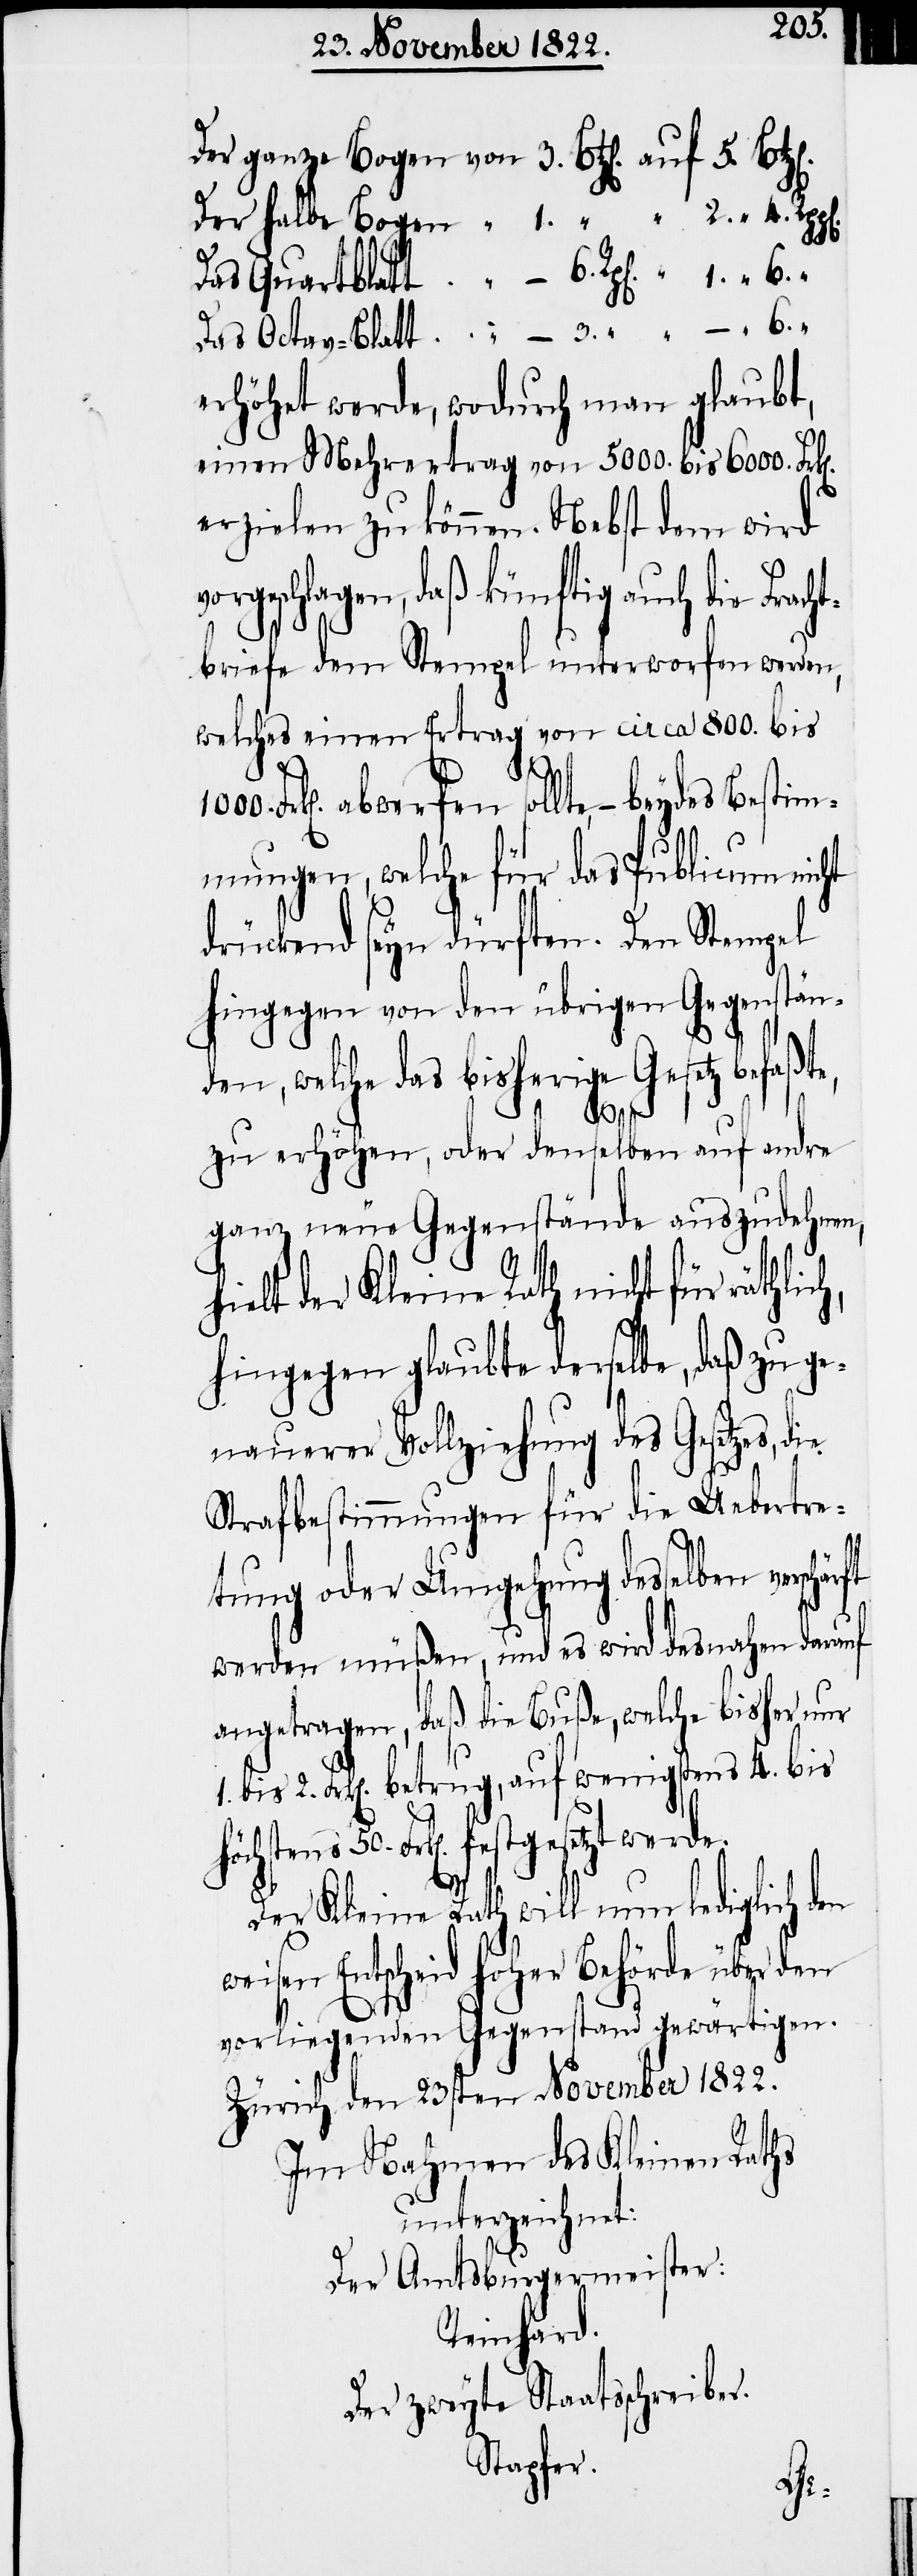
1000.
erhöhet werde, wodurch man glaubt,
50.
einen Mehrertrag von 5000. bis 6000. Frk[e¬
erzielen zu können. Nebst dem wird
rgeschlagen, daß künftig auch die Frac¬
briefe dem Stempel unterworfen werden,
welches einen Ertag von circa 800. bis
1.
Frk[en]. abwerfen sollte, – beydes Bestim¬
mungen, welche für das Publicum nicht
drückend seyn dürften. Den Stempel
hingegen von den übrigen Gegenstän¬
den, welche das bisherige Gesetz befaßte,
zu erhöhen, oder denselben auf andre
ganz neue Gegenstände auszudehnen,
hielt der Kleine Rath nicht für räthlic¬
hingegen glaubte derselbe, daß zu ge¬
nauerer Vollziehung des Gesetzes,
Strafbestimmungen für die Uebertre¬
tung oder Umgehung desselben verschär¬
werden müßen, und es wird desnahen darauf
angetragen, daß die Buße, welche bisher nur
2. Frk[en]. betrug, auf wenigsten 4. bis
Frk[en]. festgesetzt werde.
Der Kleine Rath will nun lediglich den
weisen Entscheid Hoher Behörde über den
vorliegenden Gegenstand gewärtigen.
Zürich den 23sten November 1822.
Im Nahmen des Kleinen Raths
unterzeichnet:
Der Amtsburgermeister:
Reinhard.
Der zweyte Staatsschreiber.
Stapfer.
ht¬